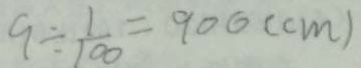
9 \div \frac { 1 } { 1 0 0 } = 9 0 0 ( c m )